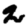
Digit: 2